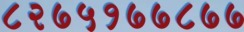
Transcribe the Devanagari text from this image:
८२७५१७७८७७